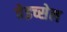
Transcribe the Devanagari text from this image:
वेइच्सेल